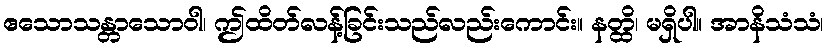
ဧသောသန္တာသောဝါ၊ ဤထိတ်လန့်ခြင်းသည်လည်းကောင်း။ နတ္ထိ၊ မရှိပါ။ အာနိသံသံ၊